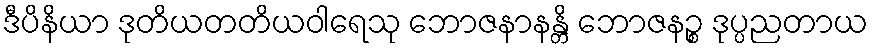
ဒီပိနိယာ ဒုတိယတတိယဝါရေသု ဘောဇနာနန္တိ ဘောဇနဉ္စ ဒုပ္ပညတာယ